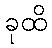
ခုထိ